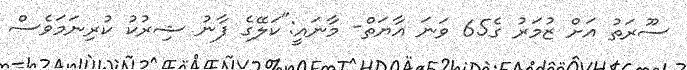
ސޫރަތު އަށް ޒުމަރު ގެ65 ވަނަ އާޔަތް- މާނައީ:"ކަލޭގެ ފާނު ޝިރުކު ކުރިނަމަވެސް